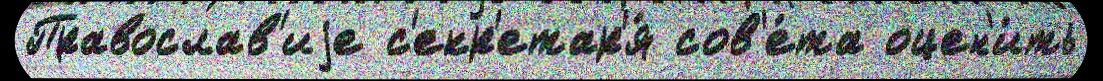
Православ'иjе с'екр'етар'я́ сов'е́та оцен'и́ть